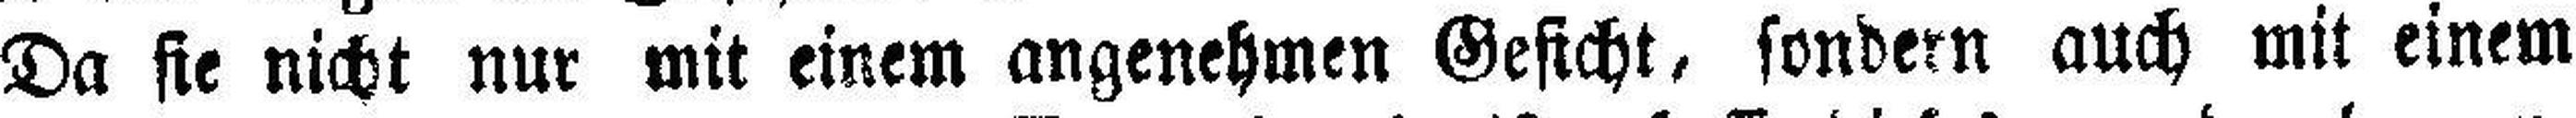
Da sie nicht nur mit einem angenehmen Gesicht, sondern auch mit einem